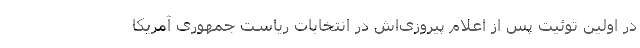
در اولین توئیت پس از اعلام پیروزی‌اش در انتخابات ریاست جمهوری آمریکا